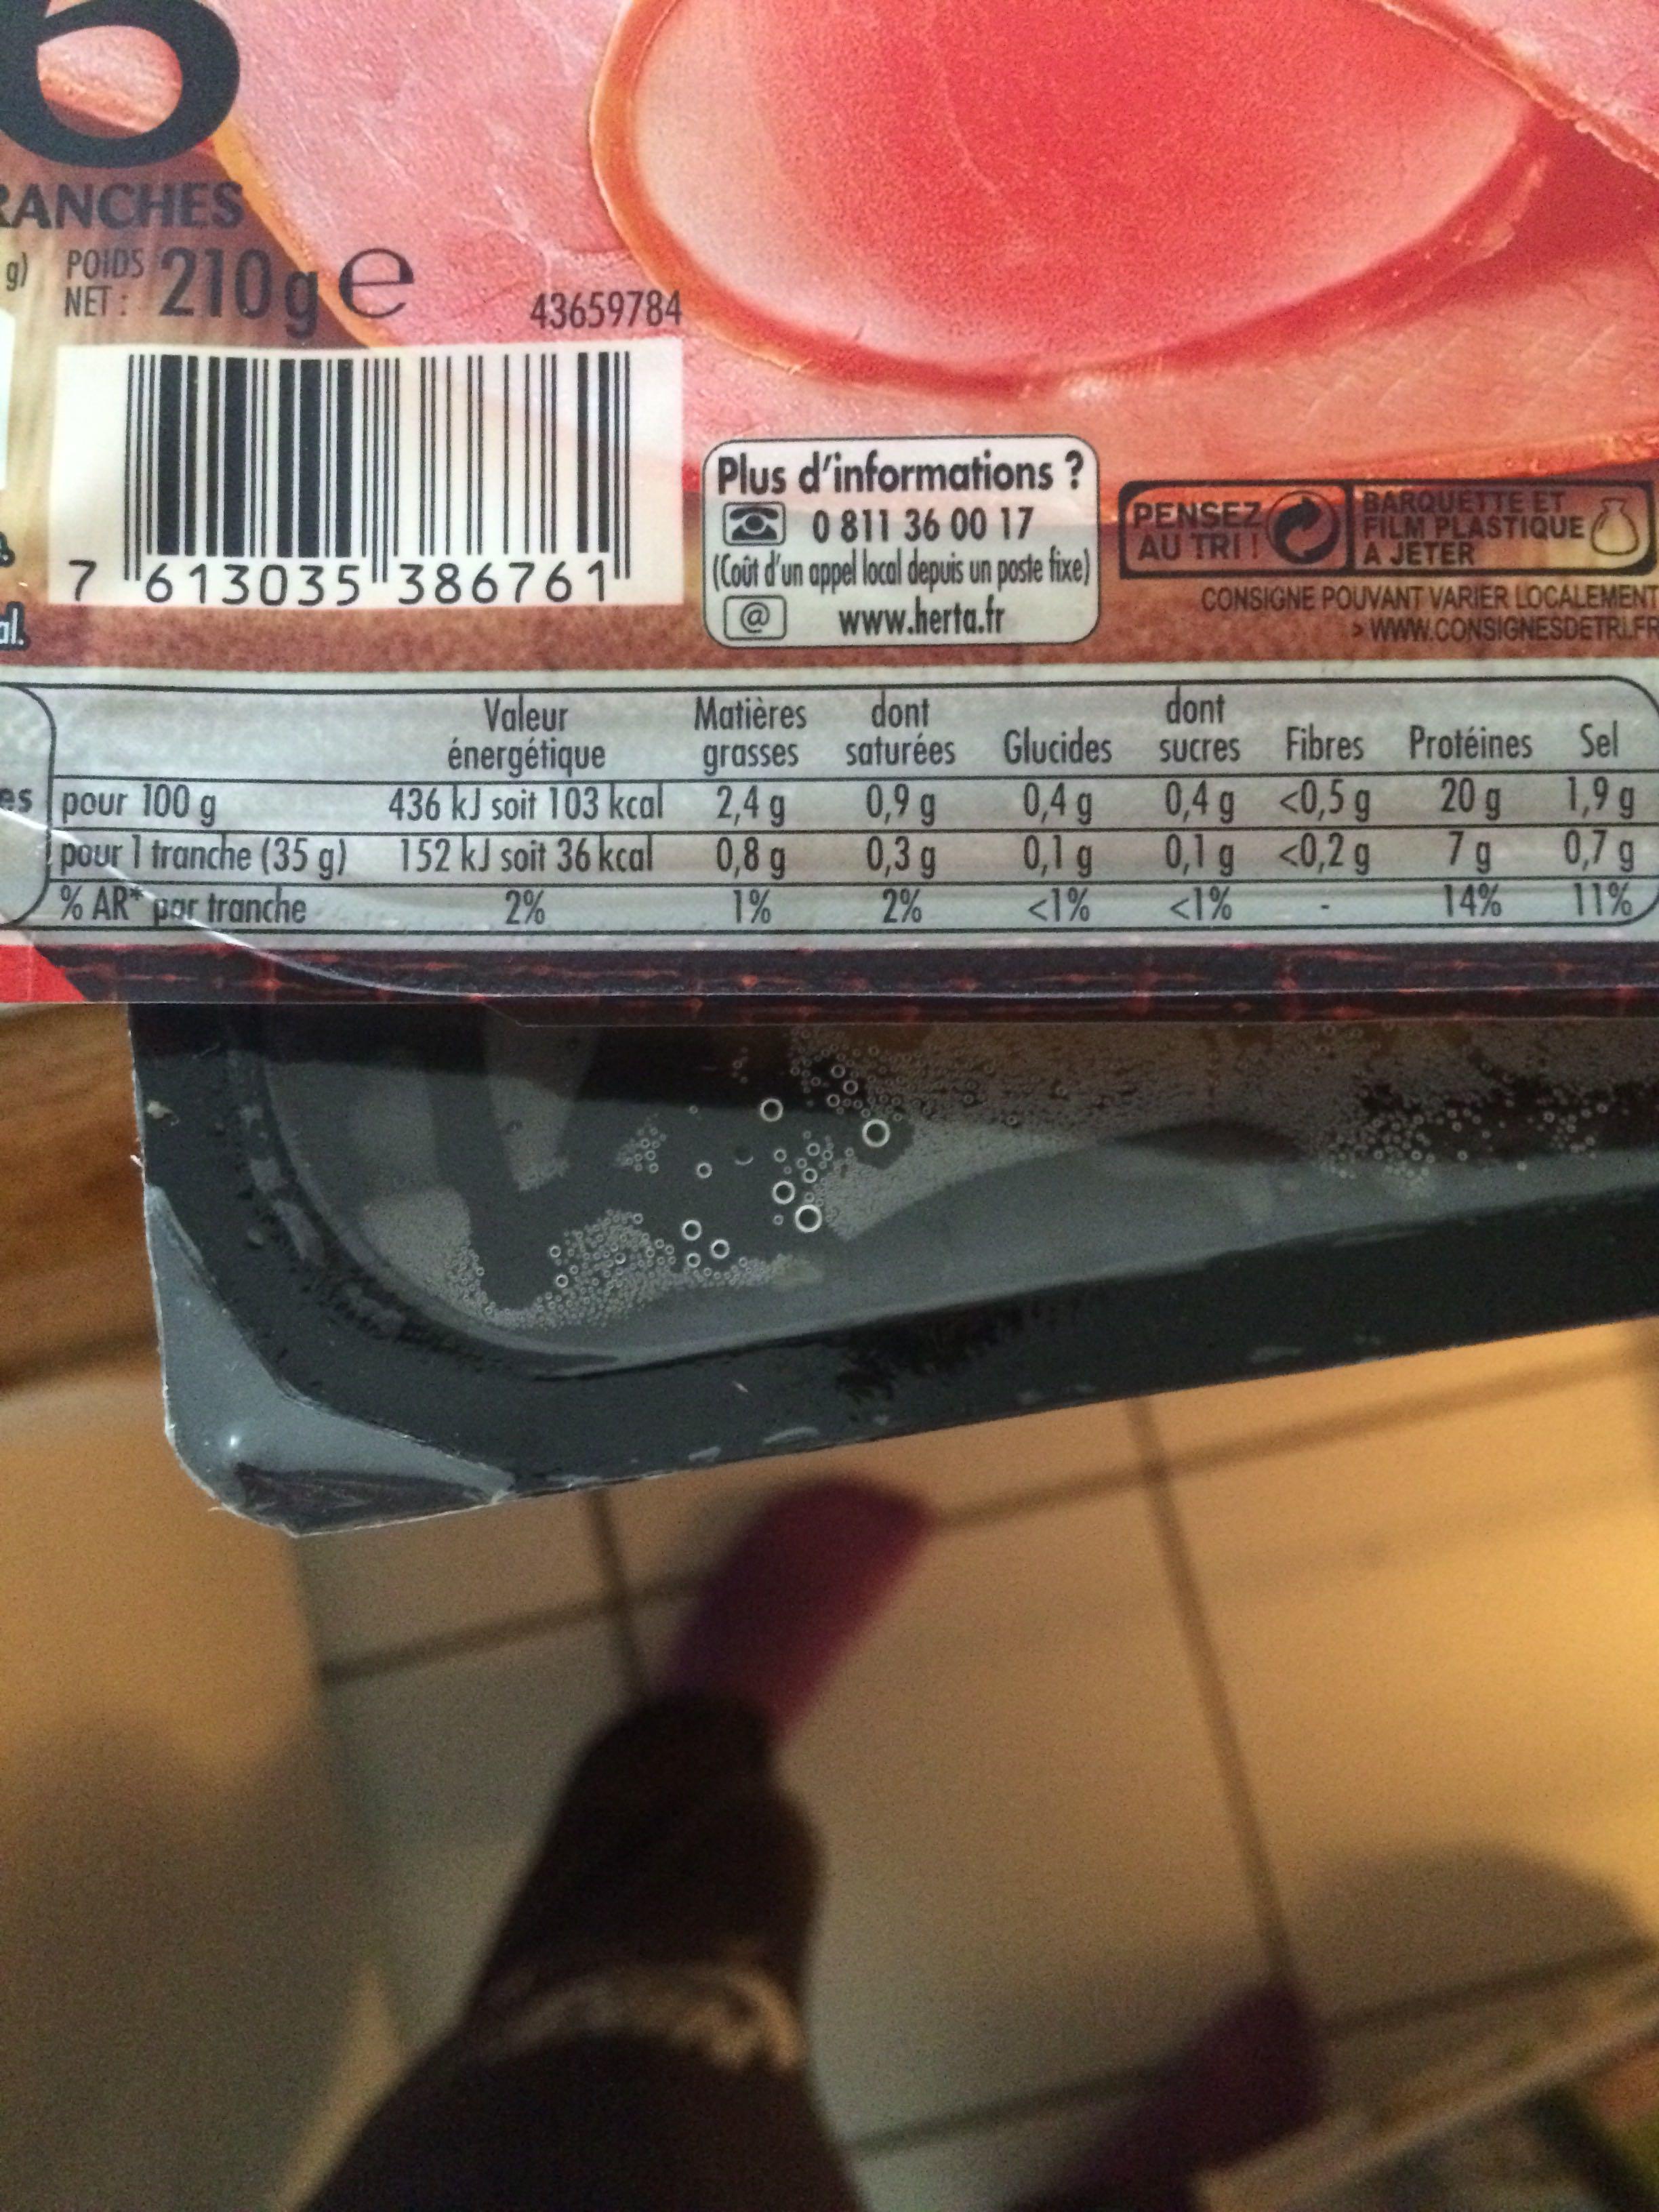
RANCHES g) POIDS NET:
51.
210ge
43659784
7 613035 386761
Valeur
énergétique
436 kJ soit 103 kcal
pour 1 tranche (35 g) 152 kJ soit 36 kcal
% AR* par tranche
2%
es pour 100 g
Plus d'informations?
0811 36 00 17 (Coût d'un appel local depuis un poste fixe)
@
www.herta.fr
Matières
grasses
2,4 g
0,8 g
1%
dont
saturées
0,9 g
0,3 g
2%
O
Glucides
0,4 g
0,1 g
<1%
BARQUETTE ET FILM PLASTIQUE A JETER
CONSIGNE POUVANT VARIER LOCALEMENT >WWW.CONSIGNESDETRLFRI
PENSEZ AU TRI!
dont
sucres
0,4 g
0,1 g
<1%
Fibres
<0,5 g
<0,2 g
Protéines
20 g
7 g
14%
Sel
1,9 g
0,7 g
11%